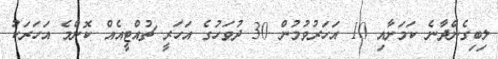
ލިބިގެންދާނެ ކަމަށާއި 10 އަހަރުވުމުން 30 ދުވަހުގެ އަހަރީ ޗުއްޓީއެއް ކޮންމެ އަހަރަކު